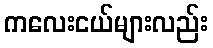
ကလေးငယ်များလည်း